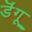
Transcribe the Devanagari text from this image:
डॆंगू